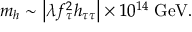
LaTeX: m _ { h } \sim \left| \lambda f _ { \tau } ^ { 2 } h _ { \tau \tau } \right| \times 1 0 ^ { 1 4 } \; \mathrm { G e V } .